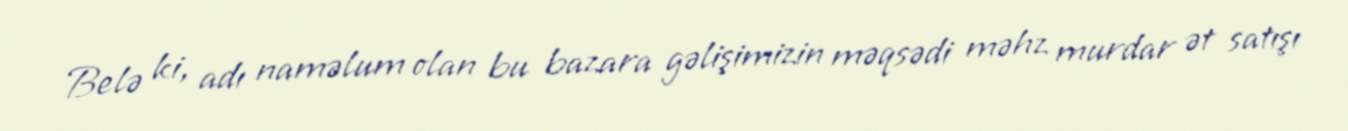
Belə ki, adı naməlum olan bu bazara gəlişimizin məqsədi məhz murdar ət satışı